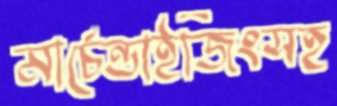
মার্চেন্ডাইজিংসহ